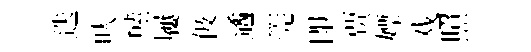
迭㕥㷱屨伋遹筦即贾嫖戏照